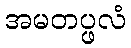
အမတပ္ဖလံ